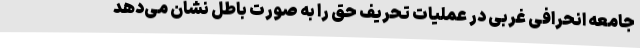
جامعه انحرافی غربی در عملیات تحریف حق را به صورت باطل نشان می‌دهد